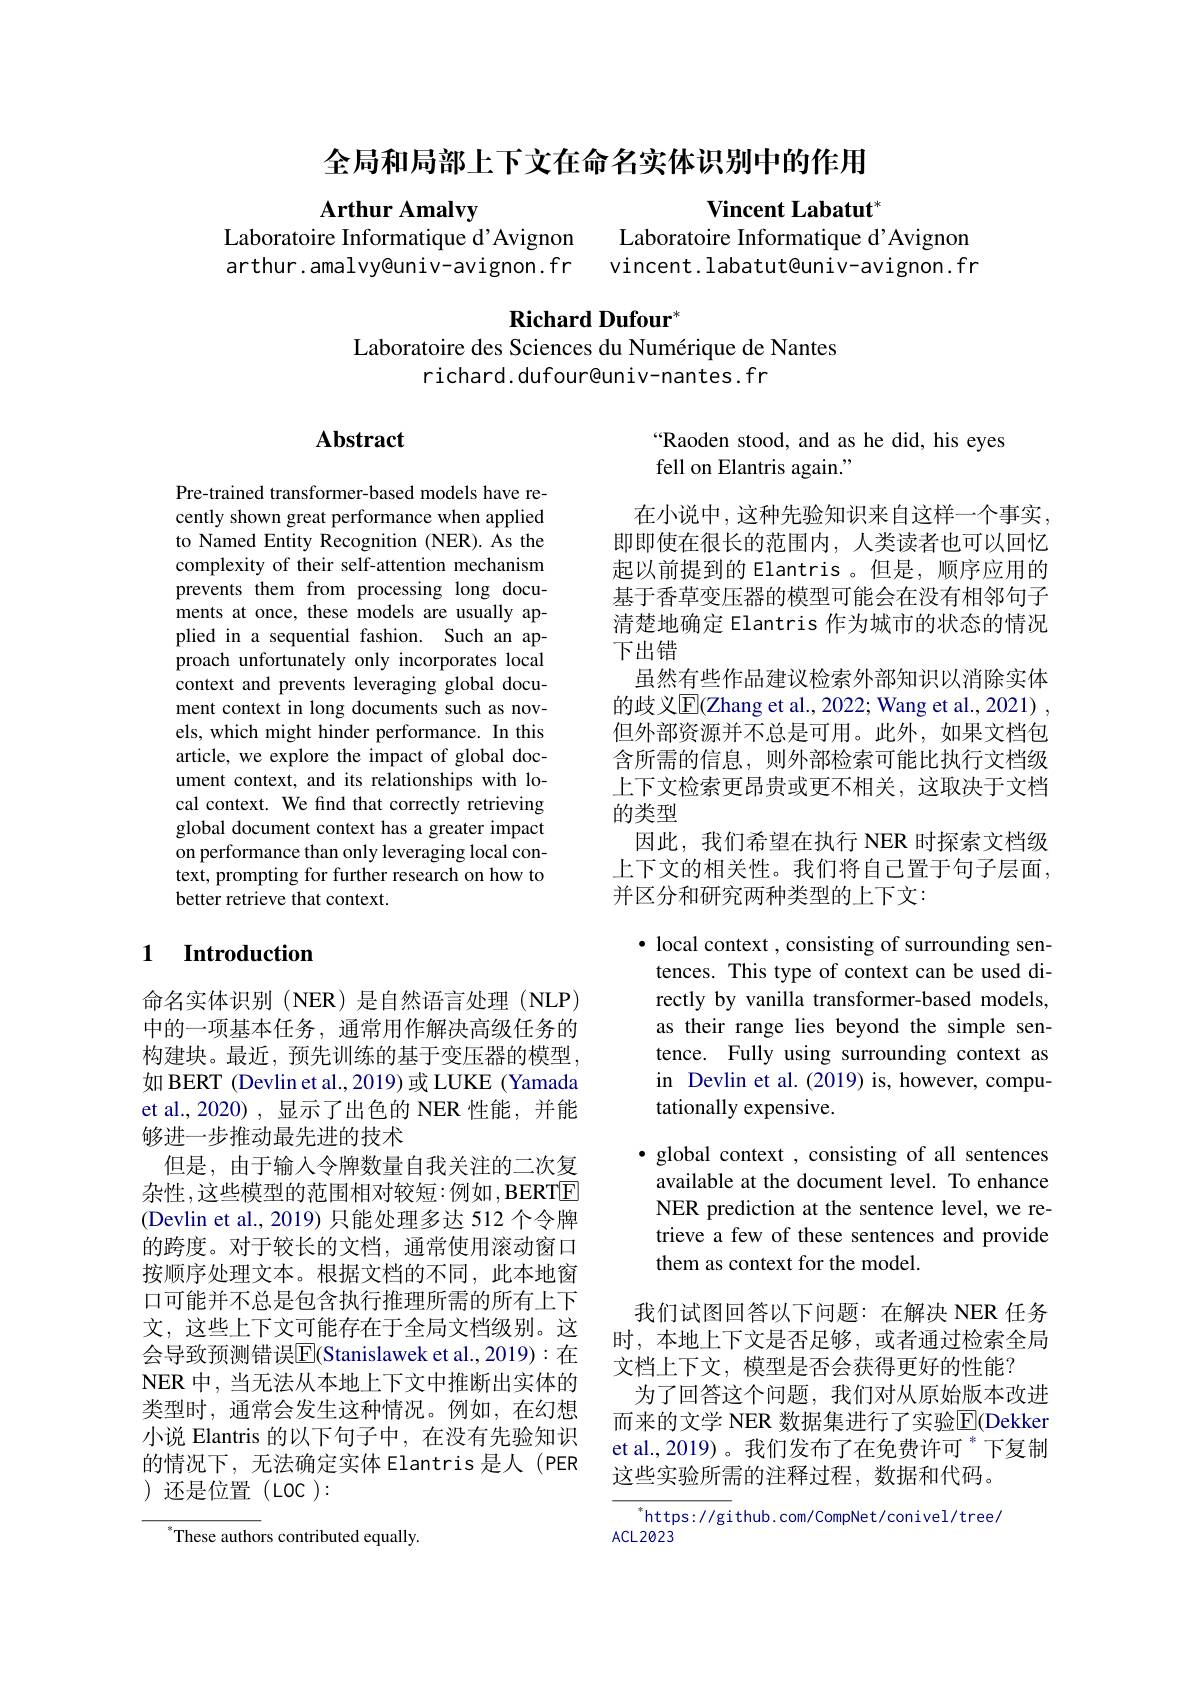
全局和局部上下文在命名实体识别中的作用

Arthur Amalvy
Laboratoire Informatique d' AvignonLaboratoire Informatique d' Avignon arthur. amalvy@ univ- avignon. frvincent. labatut@ univ- avignon. fr

$\textbf{Vincent Labatut}^{*}$

## Richard Dufour"

Laboratoire des Sciences du Numérique de Nantes
richard. dufour@univ-nantes. fr

## $\mathbf{Abstract}$

 Raoden stood, and as he did, his eyes
fell on Elantris again."

Pre-trained transformer-based models have recently shown great performance when applied to Named Entity Recognition (NER). As the complexity of their self-attention mechanism prevents them from processing long documents at once, these models are usually applied in a sequential fashion. Such an approach unfortunately only incorporates local context and prevents leveraging global document context in long documents such as novels, which might hinder performance. In this article, we explore the impact of global document context, and its relationships with local context. We find that correctly retrieving global document context has a greater impact on performance than only leveraging local context, prompting for further research on how to better retrieve that context.

在小说中，这种先验知识来自这样一个事实， 即即使在很长的范围内，人类读者也可以回忆起以前提到的 Elantris 。但是，顺序应用的基于香草变压器的模型可能会在没有相邻句子清楚地确定 Elantris 作为城市的状态的情况下出错
虽然有些作品建议检索外部知识以消除实体的歧义$\mathbb{E}(\mathbb{Z}$hang et al., 2022; Wang et al., 2021) , 但外部资源并不总是可用。此外，如果文档包含所需的信息，则外部检索可能比执行文档级上下文检索更昂贵或更不相关，这取决于文档的类型
因此，我们希望在执行 NER 时探索文档级上下文的相关性。我们将自己置于句子层面， 并区分和研究两种类型的上下文：

### 1 $\textbf{Introduction}$

$\bullet$ local context , consisting of surrounding sen-
tences. This type of context can be used directly by vanilla transformer-based models, as their range lies beyond the simple sentence. Fully using surrounding context as in Devlin et al.(2019) is, however, computationally expensive.

· global context , consisting of all sentences available at the document level. To enhance NER prediction at the sentence level, we retrieve a few of these sentences and provide them as context for the model.

命名实体识别(NER)是自然语言处理(NLP) 中的一项基本任务，通常用作解决高级任务的构建块。最近，预先训练的基于变压器的模型， 如 BERT (Devlin et al., 2019) 或 LUKE (Yamada et al.,2020) ,显示了出色的 NER 性能，并能够进一步推动最先进的技术
但是，由于输入令牌数量自我关注的二次复杂性，这些模型的范围相对较短：例如，BERTE (Devlin et al., 2019) 只能处理多达 512 个令牌的跨度。对于较长的文档，通常使用滚动窗口按顺序处理文本。根据文档的不同，此本地窗口可能并不总是包含执行推理所需的所有上下文，这些上下文可能存在于全局文档级别。这会导致预测错误$\overline{\mathrm{E}}($Stanislawek et al., 2019):在NER 中，当无法从本地上下文中推断出实体的类型时，通常会发生这种情况。例如，在幻想小说 Elantris 的以下句子中，在没有先验知识的情况下，无法确定实体 Elantris 是人(PER )还是位置(LOC):

我们试图回答以下问题：在解决 NER 任务时，本地上下文是否足够，或者通过检索全局文档上下文，模型是否会获得更好的性能？
为了回答这个问题，我们对从原始版本改进而来的文学 NER 数据集进行了实验$\overline{\mathrm{E}}($Dekker et al.,2019)。我们发布了在免费许可 $^*$下复制这些实验所需的注释过程，数据和代码。

$^*$https://github.com/CompNet/conivel/tree/
ACL2023

These authors contributed equally.